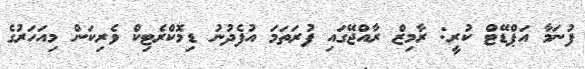
ފުނަމާ އަޕްޑޭޓް ކުރީ: ރާމިޒް ރާއްޖޭގައި ފުރަތަމަ އުފެދުނު ޑިމޮކްރެޓިކް ވެރިކަން މިއަހަރުގެ